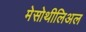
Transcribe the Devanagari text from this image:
मेसोथीलिअल